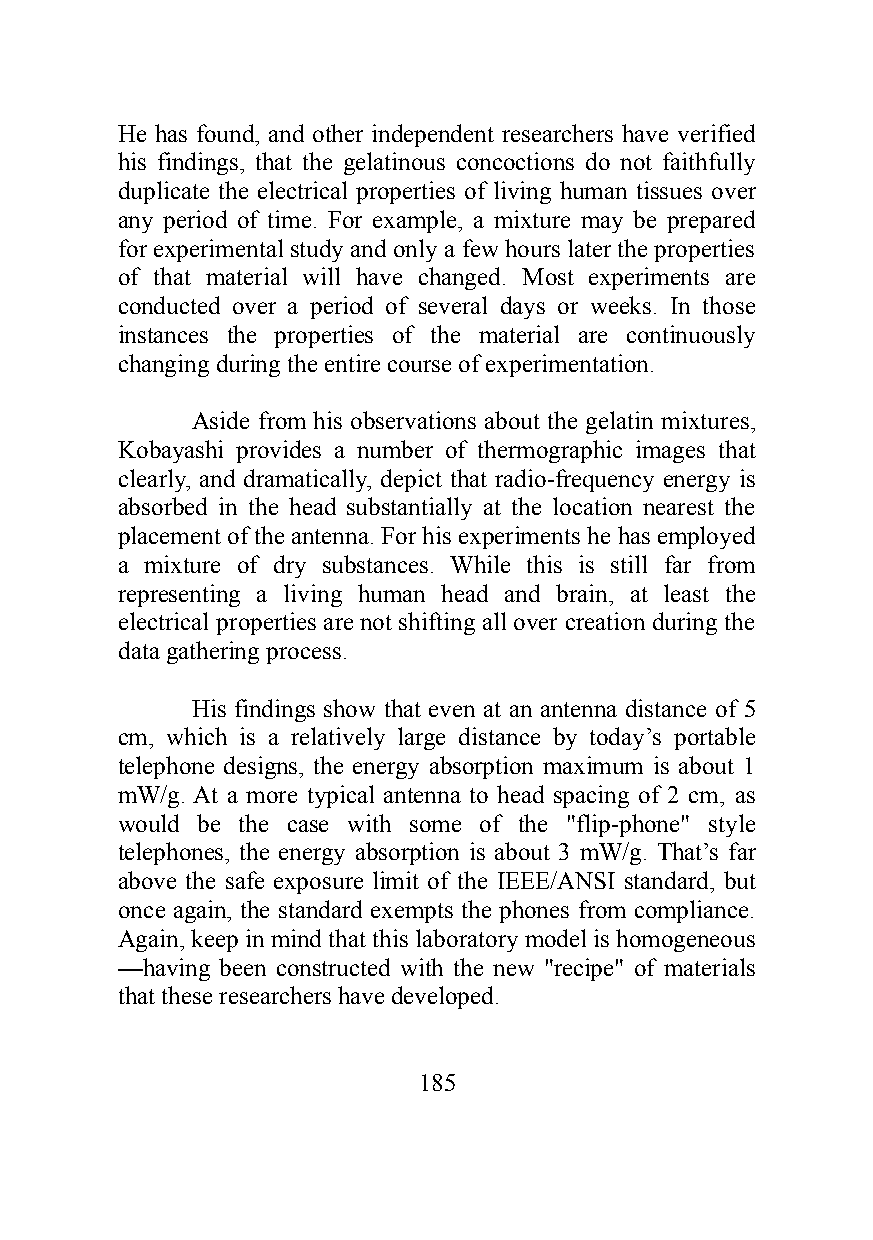
He has found, and other independent researchers have verified
 his findings, that the gelatinous concoctions do not faithfully
 duplicate the electrical properties of living human tissues over
 any period of time. For example, a mixture may be prepared
 for experimental study and only a few hours later the properties
 of that material will have changed. Most experiments are
 conducted over a period of several days or weeks. In those
 instances the properties of the material are continuously
 changing during the entire course of experimentation.
 Aside from his observations about the gelatin mixtures,
 Kobayashi provides a number of thermographic images that
 clearly, and dramatically, depict that radio-frequency energy is
 absorbed in the head substantially at the location nearest the
 placement of the antenna. For his experiments he has employed
 a mixture of dry substances. While this is still far from
 representing a living human head and brain, at least the
 electrical properties are not shifting all over creation during the
 data gathering process.
 His findings show that even at an antenna distance of 5
 cm, which is a relatively large distance by today’s portable
 telephone designs, the energy absorption maximum is about 1
 mW/g. At a more typical antenna to head spacing of 2 cm, as
 would be the case with some of the "flip-phone" style
 telephones, the energy absorption is about 3 mW/g. That’s far
 above the safe exposure limit of the IEEE/ANSI standard, but
 once again, the standard exempts the phones from compliance.
 Again, keep in mind that this laboratory model is homogeneous
 —having been constructed with the new "recipe" of materials
 that these researchers have developed.
 185